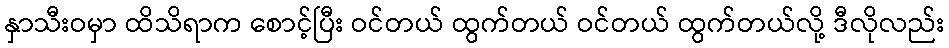
နှာသီးဝမှာ ထိသိရာက စောင့်ပြီး ဝင်တယ် ထွက်တယ် ဝင်တယ် ထွက်တယ်လို့ ဒီလိုလည်း